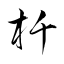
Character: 杄